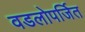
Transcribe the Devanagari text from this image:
वडलोपर्जित